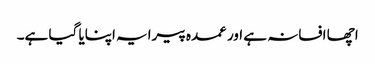
اچھا افسانہ ہے اور عمدہ پیرایہ اپنایا گیا ہے۔